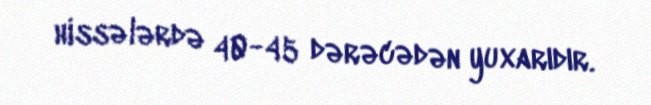
hissələrdə 40-45 dərəcədən yuxarıdır.